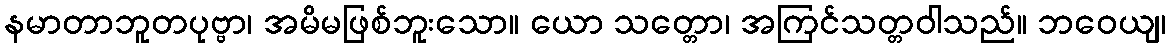
နမာတာဘူတပုဗ္ဗာ၊ အမိမဖြစ်ဘူးသော။ ယော သတ္တော၊ အကြင်သတ္တဝါသည်။ ဘဝေယျ၊